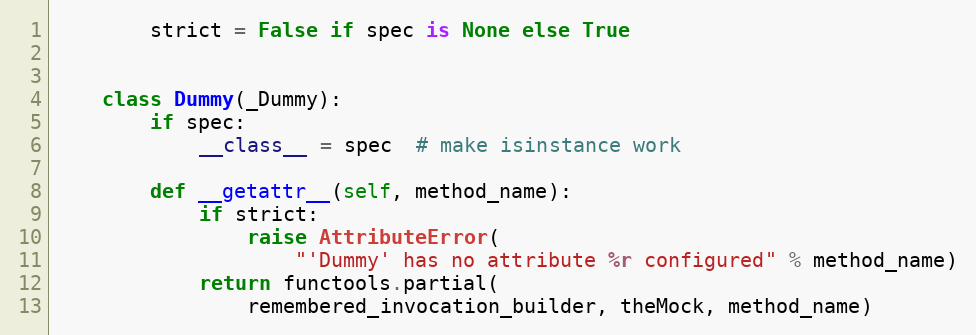
Language: Python
        strict = False if spec is None else True

    class Dummy(_Dummy):
        if spec:
            __class__ = spec  # make isinstance work

        def __getattr__(self, method_name):
            if strict:
                raise AttributeError(
                    "'Dummy' has no attribute %r configured" % method_name)
            return functools.partial(
                remembered_invocation_builder, theMock, method_name)